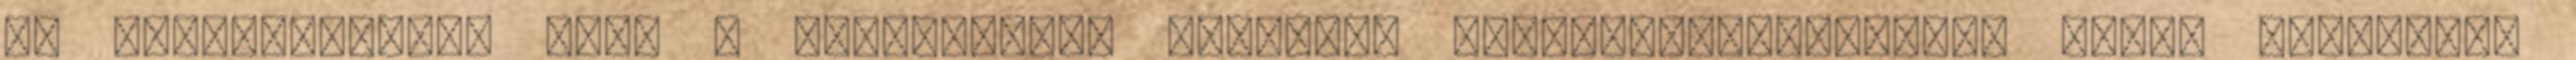
és megállapítja, hogy a választmány eljárása alapszabály-ellenes volt. Ugyanezen